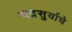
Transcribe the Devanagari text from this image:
चंद्रसुर्याचे